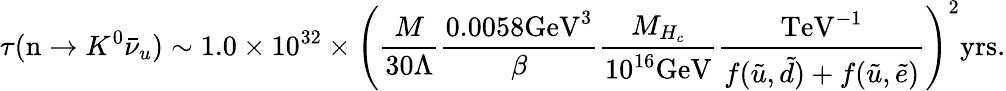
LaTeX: \tau(\mathrm{n}\rightarrow K^{0}\bar{\nu}_{u})\sim 1.0\times 10^{32}\times\left(\frac{M}{30\Lambda}\frac{0.0058\mathrm{GeV}^{3}}{\beta}\frac{M_{H_{c}}}{10^{16}\mathrm{GeV}}\frac{\mathrm{TeV}^{-1}}{f(\tilde{u},\tilde{d})+f(\tilde{u},\tilde{e})}\right)^{2}\mathrm{yrs}.